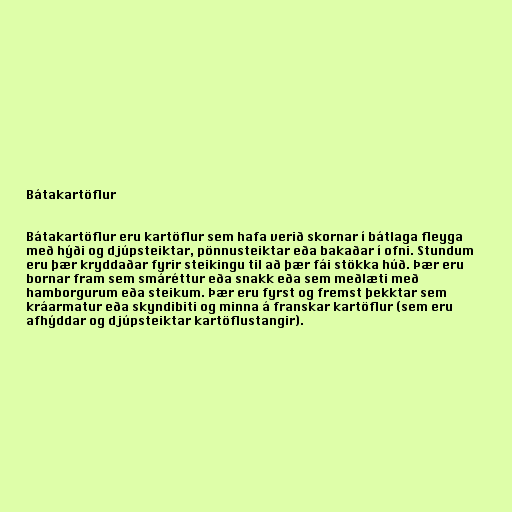
Bátakartöflur

Bátakartöflur eru kartöflur sem hafa verið skornar í bátlaga fleyga
með hýði og djúpsteiktar, pönnusteiktar eða bakaðar í ofni. Stundum
eru þær kryddaðar fyrir steikingu til að þær fái stökka húð. Þær eru
bornar fram sem smáréttur eða snakk eða sem meðlæti með
hamborgurum eða steikum. Þær eru fyrst og fremst þekktar sem
kráarmatur eða skyndibiti og minna á franskar kartöflur (sem eru
afhýddar og djúpsteiktar kartöflustangir).